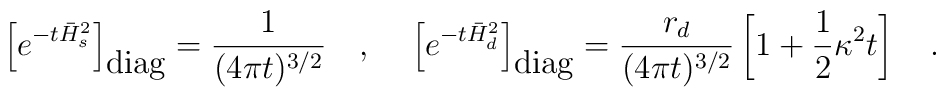
\left[e^{-t\bar{H}_s^2}\right]_{\mbox{diag}}={1 \over (4\pi t)^{3/2}}~~~,{}~~~\left[ e^{-t\bar{H}_d^2}\right]_{\mbox{diag}}={r_d \over (4\pi t)^{3/2}}\left[1+\frac 12 \kappa^2 t\right]~~~.